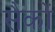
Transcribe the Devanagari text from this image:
सैकों